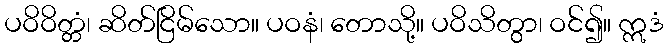
ပဝိဝိတ္တံ၊ ဆိတ်ငြိမ်သော။ ပဝနံ၊ တောသို့။ ပဝိသိတွာ၊ ဝင်၍။ ဣဒံ